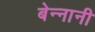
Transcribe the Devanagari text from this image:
बेन्नानी